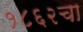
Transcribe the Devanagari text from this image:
१८६२चा